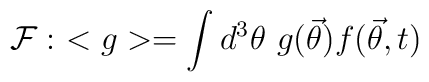
{\cal{F}}:\ < g > = \int d^{3}\theta \ g({\vec{\theta}}) f({\vec{\theta}},t) \,